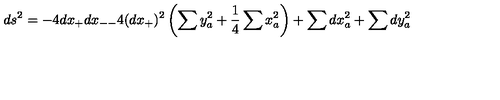
d s ^ { 2 } = - 4 d x _ { + } d x _ { -- } 4 ( d x _ { + } ) ^ { 2 } \left( \sum y _ { a } ^ { 2 } + { \frac { 1 } { 4 } } \sum x _ { a } ^ { 2 } \right) + \sum d x _ { a } ^ { 2 } + \sum d y _ { a } ^ { 2 }